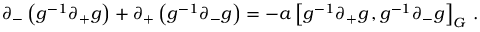
\partial _ { - } \left( g ^ { - 1 } \partial _ { + } g \right) + \partial _ { + } \left( g ^ { - 1 } \partial _ { - } g \right) = - a \left[ g ^ { - 1 } \partial _ { + } g \, , g ^ { - 1 } \partial _ { - } g \right] _ { G } \, .